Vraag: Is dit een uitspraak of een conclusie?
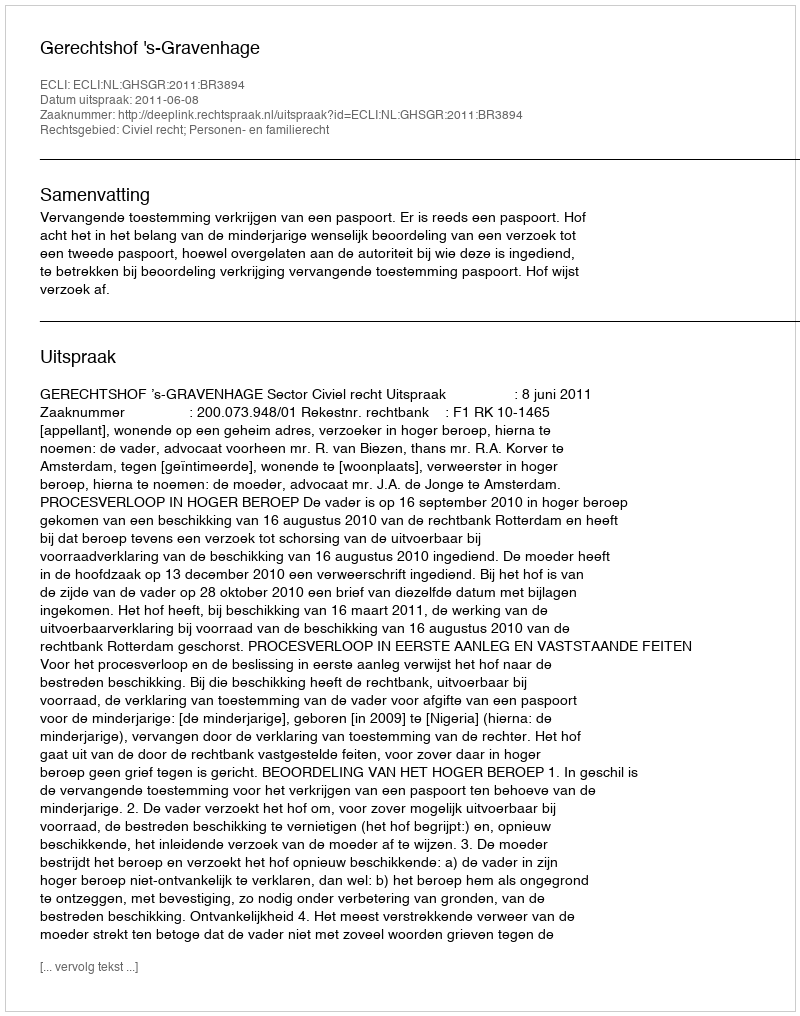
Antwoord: Uitspraak